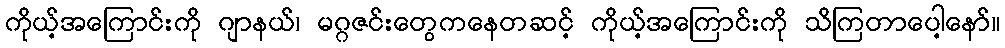
ကိုယ့်အကြောင်းကို ဂျာနယ်၊ မဂ္ဂဇင်းတွေကနေတဆင့် ကိုယ့်အကြောင်းကို သိကြတာပေါ့နော်။